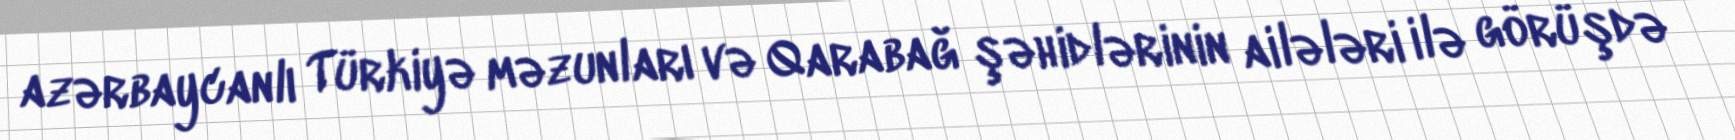
azərbaycanlı Türkiyə məzunları və Qarabağ şəhidlərinin ailələri ilə görüşdə